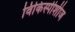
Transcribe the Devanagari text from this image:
विकिस्पीशीज